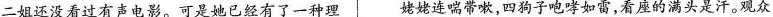
二姐还没看过有声电影。可是她已经有了一种理 姥姥连喘带嗽，四狗子咆哮如雷，看座的满头是汗。观众